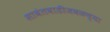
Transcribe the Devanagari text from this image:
सावंतवाडीजवळच्या